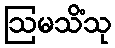
ဩမသိံသု